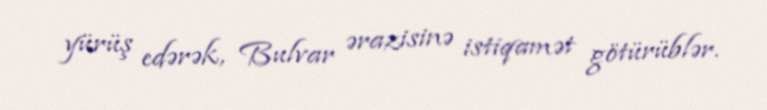
yürüş edərək, Bulvar ərazisinə istiqamət götürüblər.